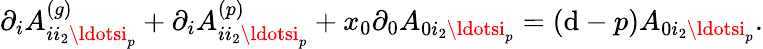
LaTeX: \partial_{i}A_{ii_{2}\ldotsi_{p}}^{(g)}+\partial_{i}A_{ii_{2}\ldotsi_{p}}^{(p)}+x_{0}\partial_{0}A_{0i_{2}\ldotsi_{p}}=(\mathrm{d}-p)A_{0i_{2}\ldotsi_{p}}.